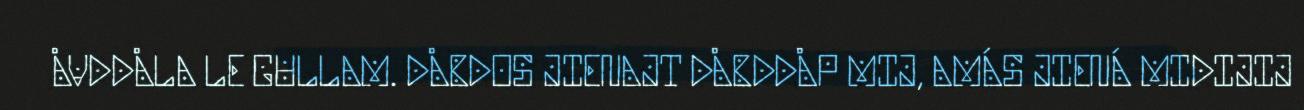
ÅVDDÅLA LE GULLAM. DÅBDOS JIENAJT DÅBDDÅP MIJ, AMÁS JIENÁ MIDIJIJ